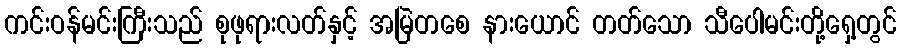
ကင်းဝန်မင်းကြီးသည် စုဖုရားလတ်နှင့် အမြဲတစေ နားယောင် တတ်သော သီပေါမင်းတို့ရှေ့တွင်